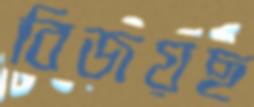
বিজয়ছ